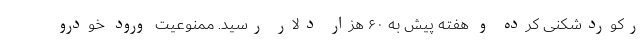
رکوردشکنی کرده و هفته پیش به ۶۰ هزار دلار رسید. ممنوعیت ورود خودرو